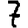
Digit: 7